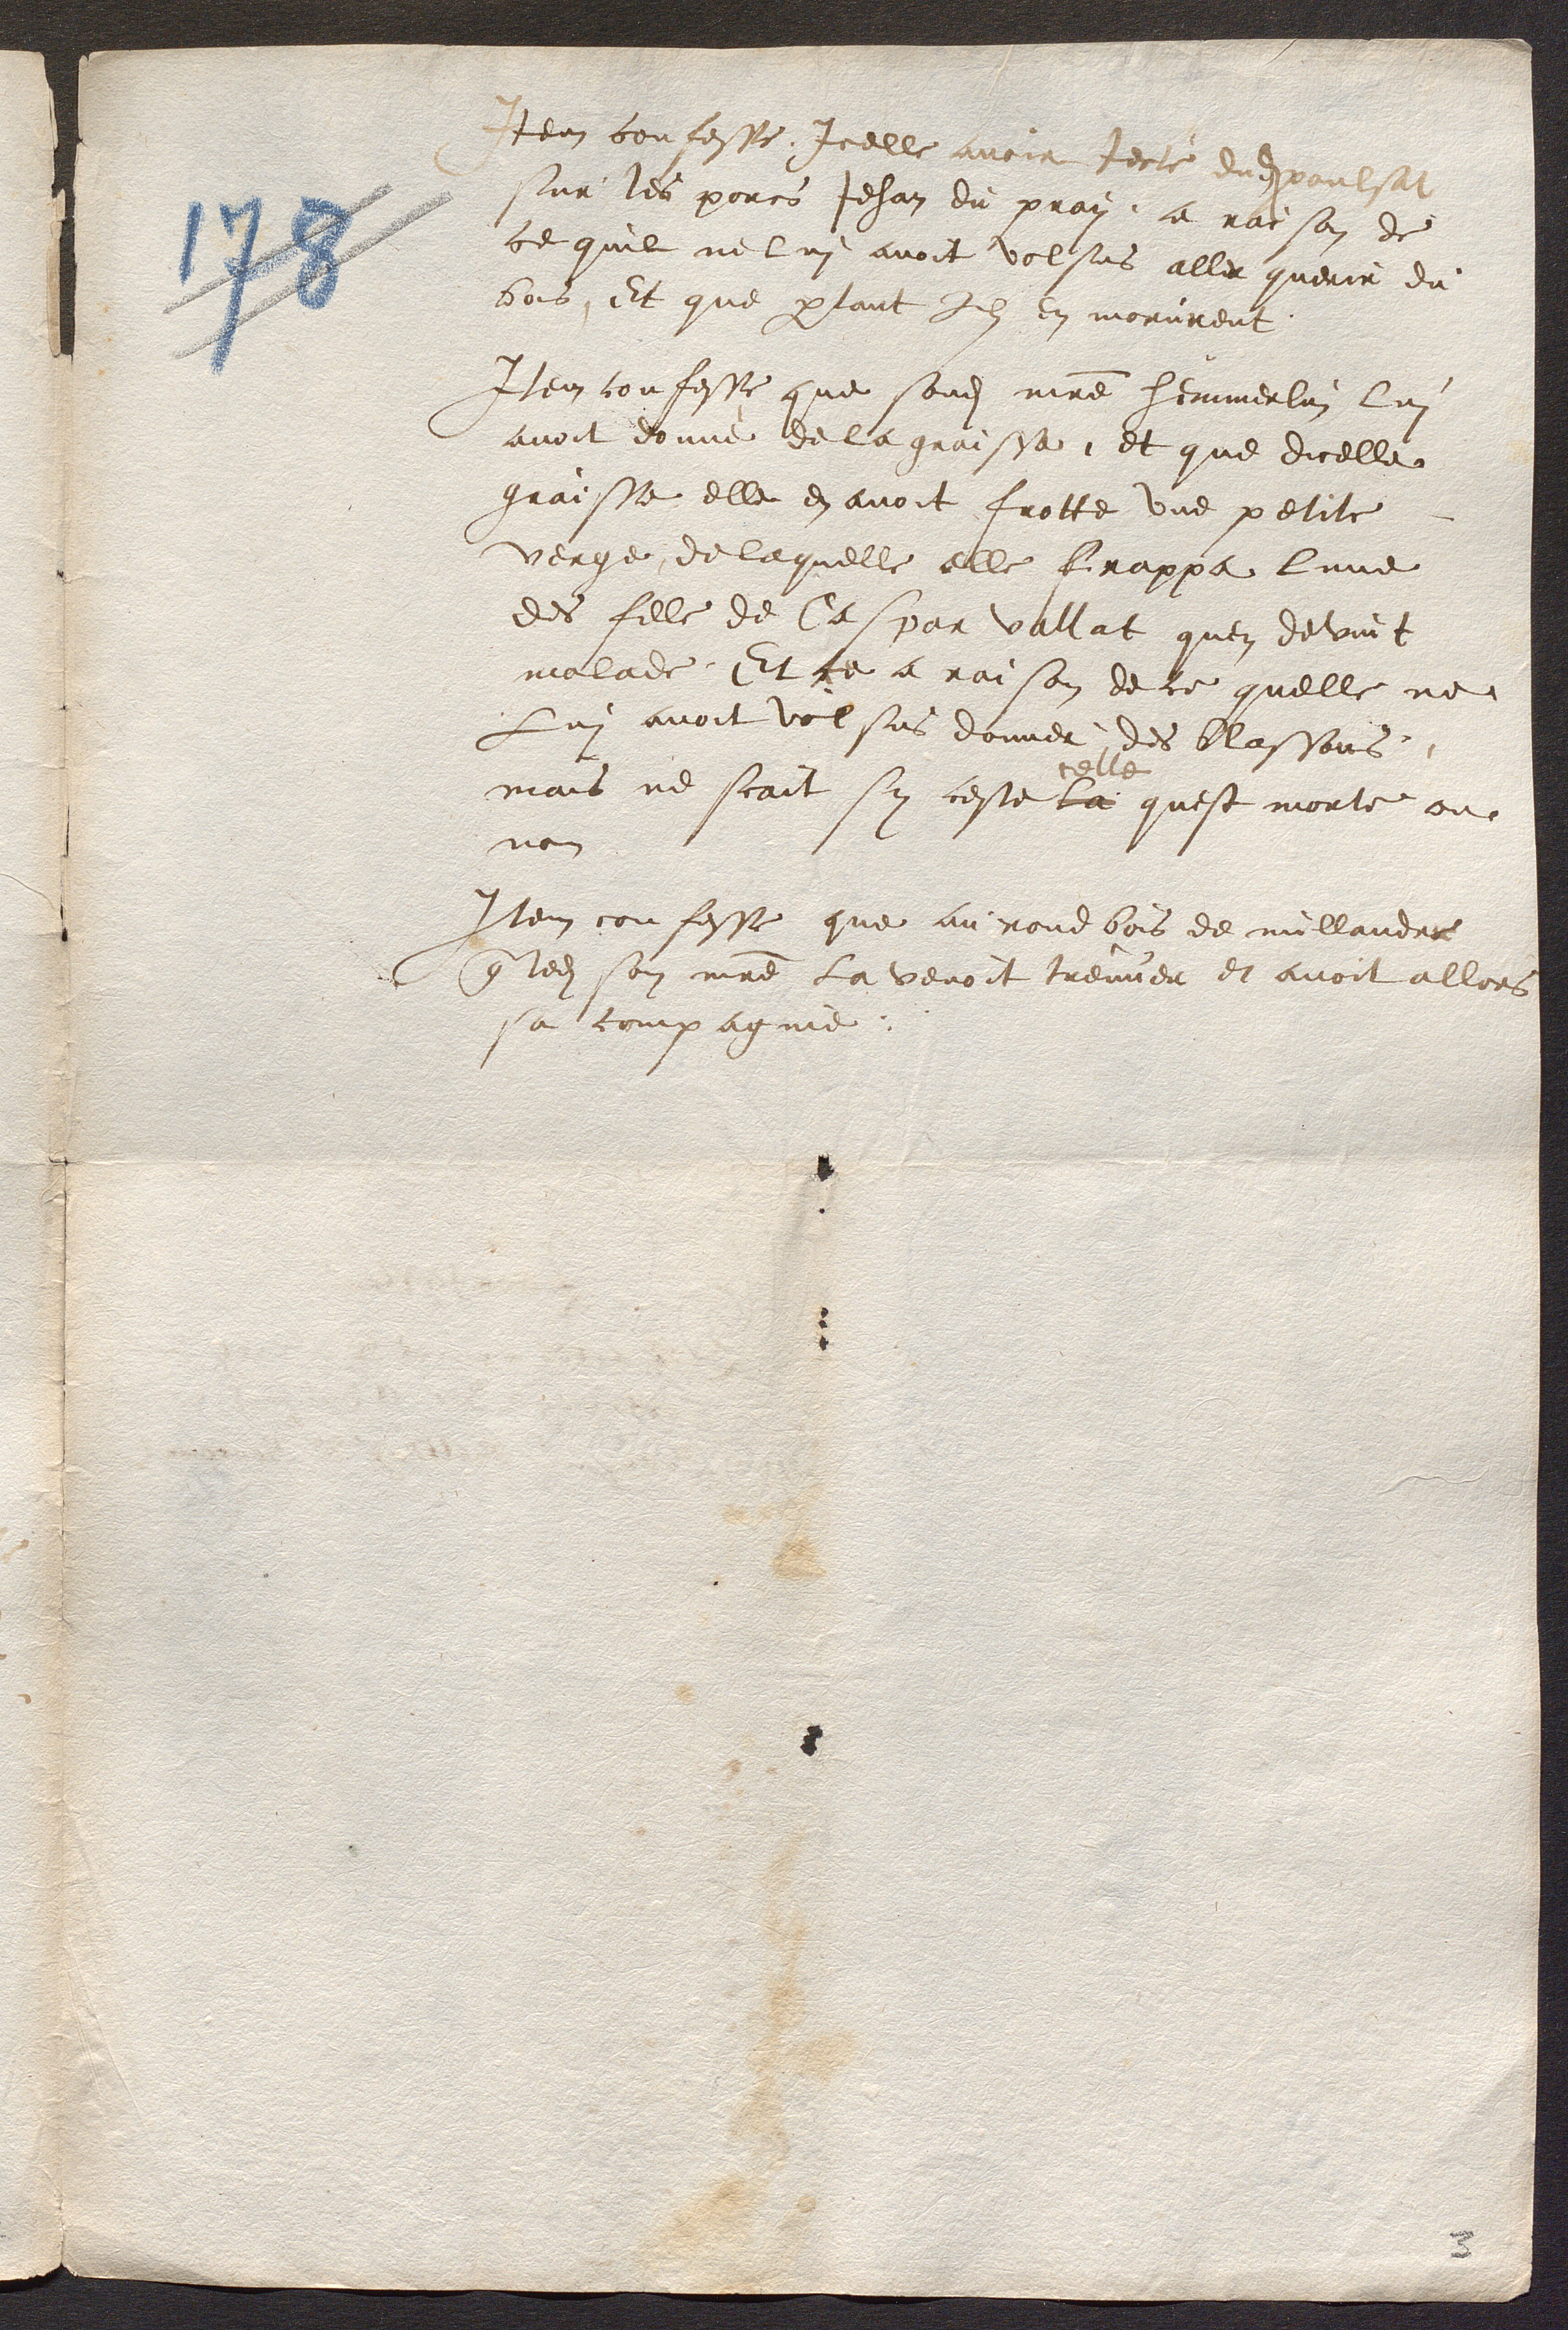
Item confesse Icelle avoir jecté dudit poulsat
sur les porcs Jehan du pray, a raison de
ce quil ne lui avoit volsus aller querir du
bois, Et que partant ils en morurent.
Item confesse que sondit maitre Hemmerlin lui
avoit donné de la graisse, et que dicelle
graisse elle en avoit frotte une petite
verge, de laquelle elle frappa lune
des fille de Caspar vallat quen devint
malade. Et ce a raison de ce quelle ne
Lui avoit volsus donner des blassons,
celle
mais ne scait sy ceste la quest morte ou
non
Item confesse que au rond bois de millandre
que ledit son maitre la venoit treuver et avoit allors
sa compagnie.